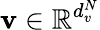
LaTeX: \mathbf{v}\in\mathbb{R}^{d_{v}^{N}}